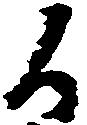
候